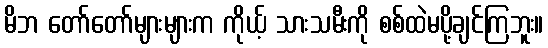
မိဘ တော်တော်များများက ကိုယ့် သားသမီးကို စစ်ထဲမပို့ချင်ကြဘူး။